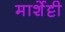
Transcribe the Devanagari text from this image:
मार्शेट्टी